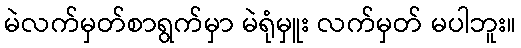
မဲလက်မှတ်စာရွက်မှာ မဲရုံမှူး လက်မှတ် မပါဘူး။